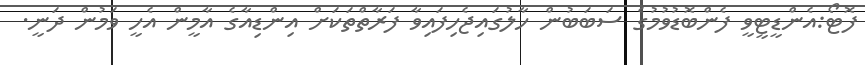
ފޮޓޯ:އެންޑީޓީވީ ފެންބޮޑުވުމުގެ ސަބަބުން ހާލުގައިޖެހިފައިވާ ފަރާތްތަކަށް އިންޑިއާގެ އާމީން އެހީ ވަމުން ދަނީ.